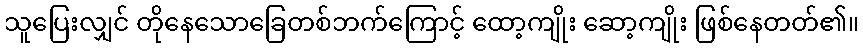
သူပြေးလျှင် တိုနေသောခြေတစ်ဘက်ကြောင့် ထော့ကျိုး ဆော့ကျိုး ဖြစ်နေတတ်၏။